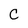
Character: C